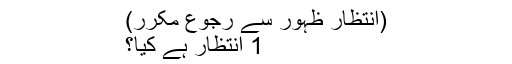
(انتظار ظہور سے رجوع مکرر)
1 انتظار ہے کیا؟